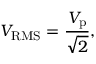
V _ { \mathrm { R M S } } = { \frac { V _ { \mathrm { p } } } { \sqrt { 2 } } } ,